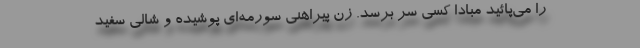
را می‌پائید مبادا کسی سر برسد. زن پیراهنی سورمه‌ای پوشیده و شالی سفید